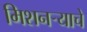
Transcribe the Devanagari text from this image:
मिशनर्‍याचे